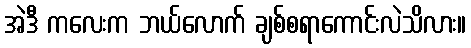
အဲဒီ ကလေးက ဘယ်လောက် ချစ်စရာကောင်းလဲသိလား။